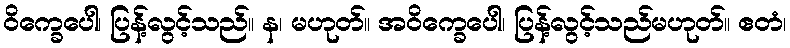
ဝိက္ခေပေါ၊ ပြန့်လွင့်သည်။ န၊ မဟုတ်။ အဝိက္ခေပေါ၊ ပြန့်လွင့်သည်မဟုတ်။ ဧတံ၊